Note on the mental hospitals in Burma - 1925-1940
Year: 1925
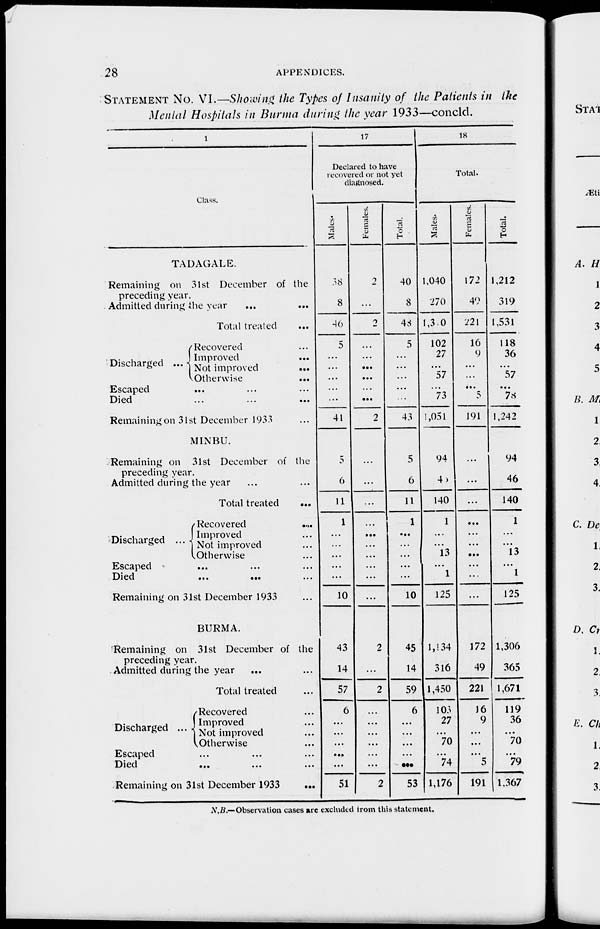
28
APPENDICES.
STATEMENT No. VI.—Showing the Types of Insanity of the Patients in the
Mental Hospitals in Burma during the year 1933—concld.
1
Class.
TADAGALE.
Remaining on 31st December of the
preceding year.
Admitted during the year
...
...
Total treated
...
Discharged ...
Recovered ...
Improved
...
Not improved ...
Otherwise ...
Escaped ... ... ...
Died ... ... ...
Remaining on 31st December 1933 ...
MINBU.
Remaining on 31st December of the
preceding year.
Admitted during the year ...
Total treated
...
Discharged ...
Recovered ...
Improved ...
Not improved ...
Otherwise ...
Escaped ... ... ...
Died
...
...
...
Remaining on 31st December 1933
BURMA.
Remaining on 31st December of the
preceding year.
Admitted during the year
...
Total treated ...
Discharged ....
Recovered ...
Improved ...
Not improved ...
Otherwise ...
Escaped ... ... ...
Died ... ... ...
Remaining on 31st December 1933
...
17
Declared to have
recovered or not yet
diagnosed.
Males.
38
8
46
5
...
...
...
...
...
41
5
6
11
1
...
...
...
...
...
10
43
14
57
6
...
...
...
...
...
51
Females.
2
...
2
...
...
...
...
...
...
2
...
...
...
...
...
...
...
...
...
...
2
...
2
...
...
...
...
...
...
2
Total.
40
8
48
5
...
...
...
...
...
43
5
6
11
1
...
...
...
...
...
10
45
14
59
6
...
...
...
...
...
53
18
Total.
Males.
1,040
270
1,310
102
27
...
57
...
73
1,051
94
46
140
1
...
...
13
...
1
125
1,134
316
1,450
103
27
...
70
...
74
1,176
Females.
172
49
221
16
9
...
...
...
5
191
...
...
...
...
...
...
...
...
...
...
172
49
221
16
9
...
...
...
5
191
Total.
1,212
319
1,531
118
36
...
57
...
78
1,242
94
46
140
1
...
...
13
...
1
125
1,306
365
1,671
119
36
...
70
...
79
1,367
N.B.—Observation cases are excluded from this statement.